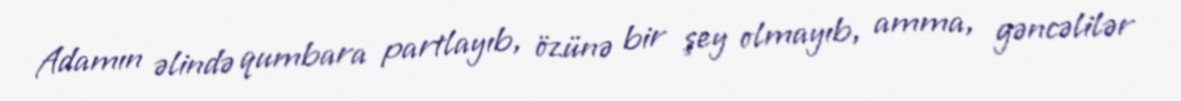
Adamın əlində qumbara partlayıb, özünə bir şey olmayıb, amma, gəncəlilər